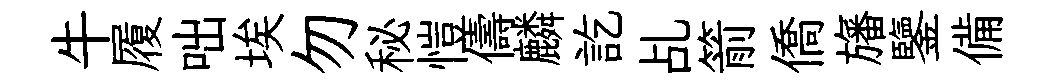
牛履咄埃勿秘愷儔麟訖乩箭僑旛鑒備